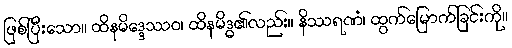
ဖြစ်ပြီးသော။ ထိနမိဒ္ဒေဿဝ၊ ထိနမိဒ္ဓ၏လည်း။ နိဿရဏံ၊ ထွက်မြောက်ခြင်းကို။